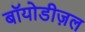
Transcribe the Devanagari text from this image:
बॉयोडीज़ल